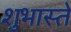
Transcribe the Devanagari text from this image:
शुभास्ते